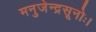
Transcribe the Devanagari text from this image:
मनुजेन्द्रसूनोः।